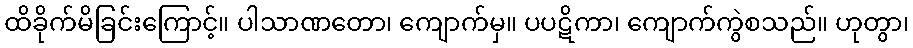
ထိခိုက်မိခြင်းကြောင့်။ ပါသာဏတော၊ ကျောက်မှ။ ပပဋိကာ၊ ကျောက်ကွဲစသည်။ ဟုတွာ၊